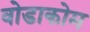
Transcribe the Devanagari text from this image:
वोडाकोम